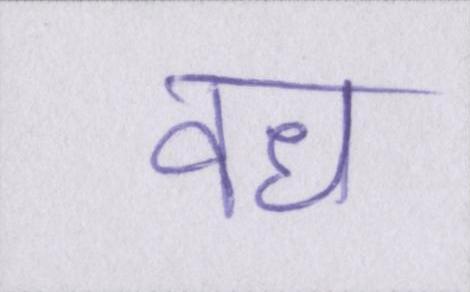
वध